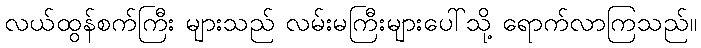
လယ်ထွန်စက်ကြီး များသည် လမ်းမကြီးများပေါ်သို့ ရောက်လာကြသည်။